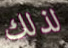
لذلك